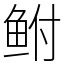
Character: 鲋